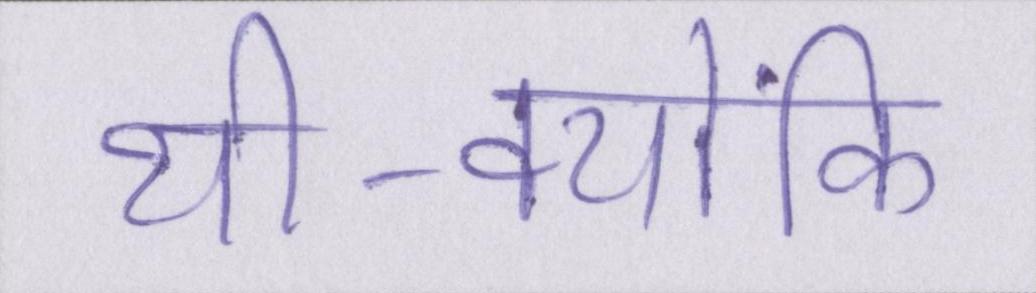
थी-क्योंकि